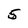
Character: 5